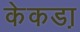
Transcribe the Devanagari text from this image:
केकडा़